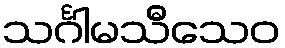
သင်္ဂါမသီသေဝ